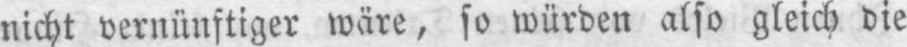
nicht vernünftiger wäre, so würden also gleich die